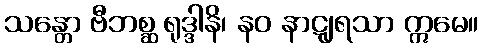
သန္တော ဗီဘစ္ဆ ရုဒ္ဒါနိ၊ နဝ နာဋျရသာ ဣမေ။